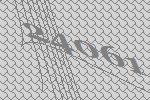
24061